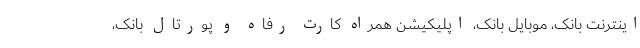
اینترنت بانک، موبایل بانک، اپلیکیشن همراه کارت رفاه و پورتال بانک،